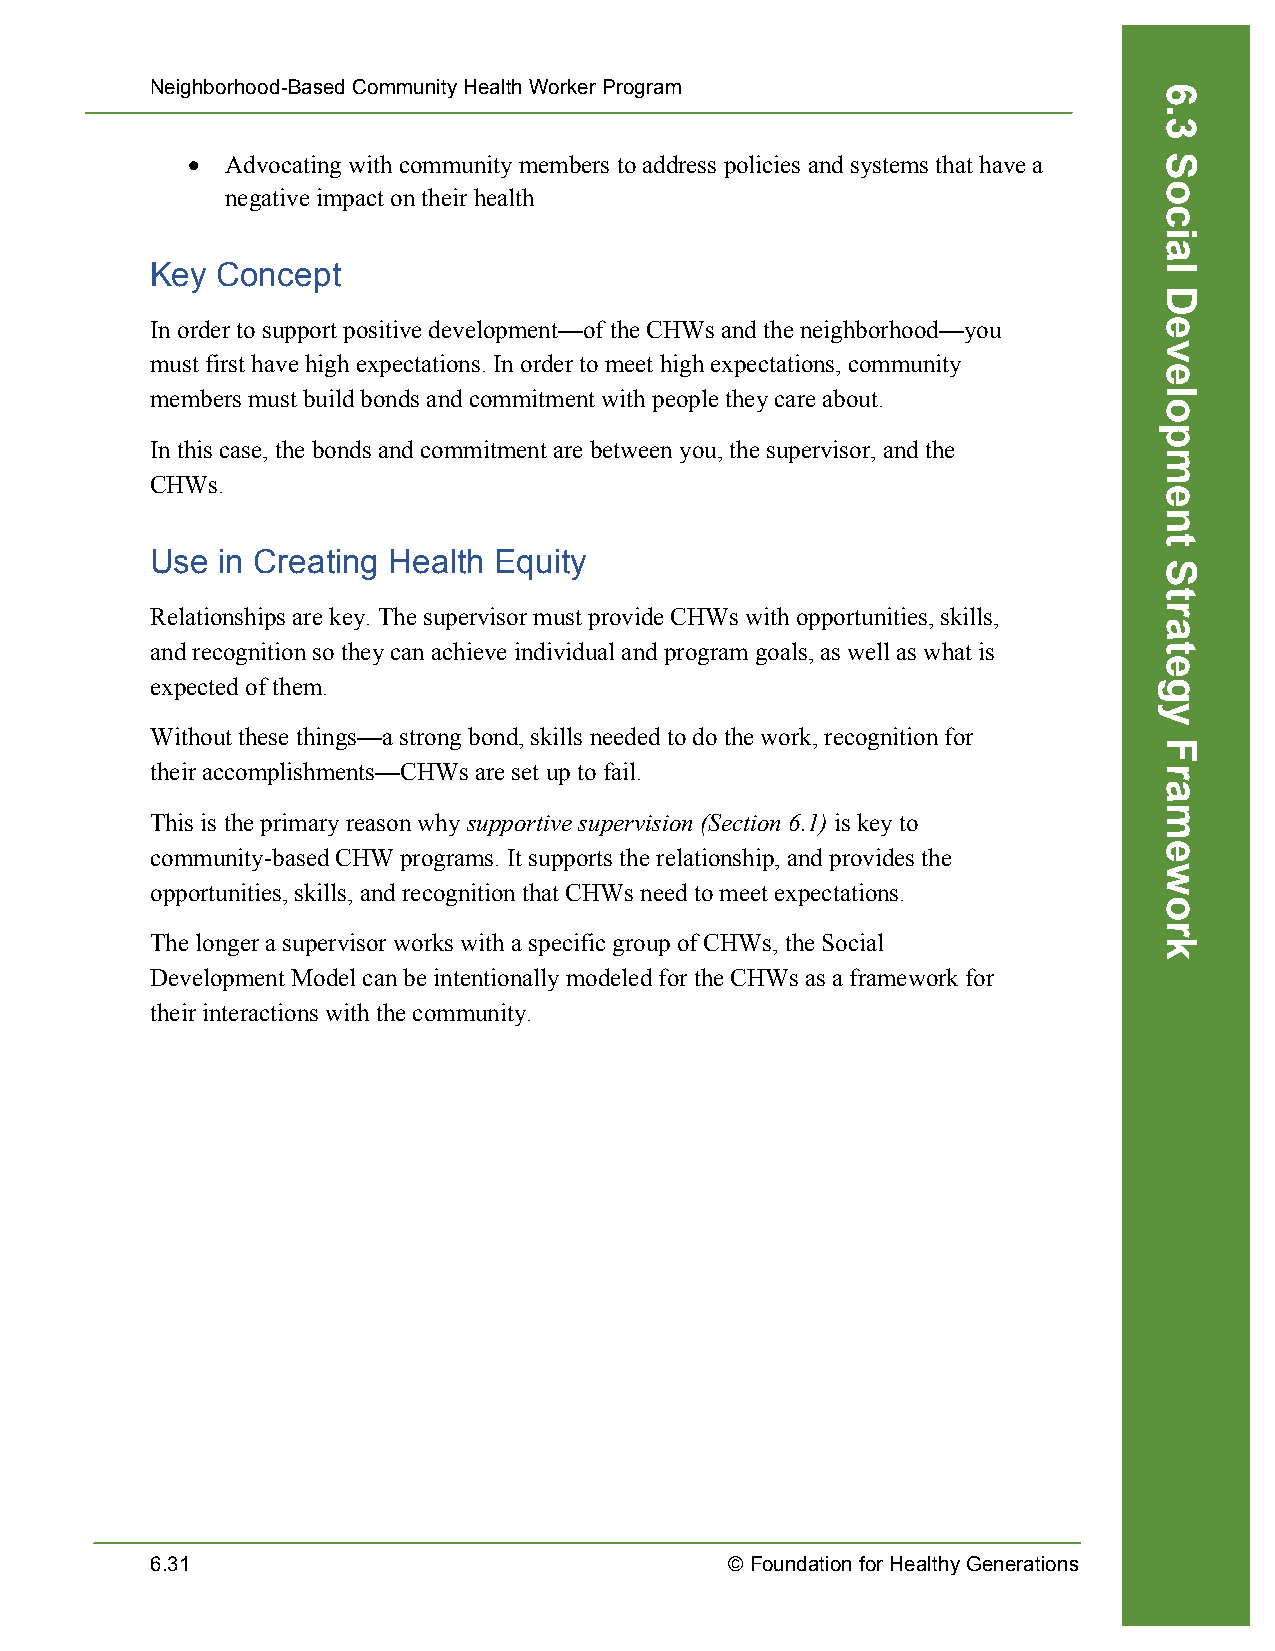
Neighborhood-Based Community Health Worker Program
 •  Advocating with community members to address policies and systems that have a
 negative impact on their health
 Key Concept
 In order to support positive development—of the CHWs and the neighborhood—you
 must first have high expectations. In order to meet high expectations, community
 members must build bonds and commitment with people they care about.
 In this case, the bonds and commitment are between you, the supervisor, and the
 CHWs.
 Use in Creating Health Equity
 Relationships are key. The supervisor must provide CHWs with opportunities, skills,
 and recognition so they can achieve individual and program goals, as well as what is
 expected of them.
 Without these things—a strong bond, skills needed to do the work, recognition for
 their accomplishments—CHWs are set up to fail.
 This is the primary reason why supportive supervision (Section 6.1) is key to
 community-based CHW programs. It supports the relationship, and provides the
 opportunities, skills, and recognition that CHWs need to meet expectations.
 The longer a supervisor works with a specific group of CHWs, the Social
 Development Model can be intentionally modeled for the CHWs as a framework for
 their interactions with the community.
 6.31                                  © Foundation for Healthy Generations
 6.3
 Social
 Development
 Strategy
 Framework